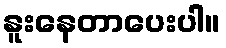
နူးနေတာပေးပါ။